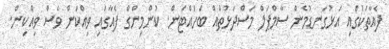
ފެއާތަކުގައި އަޅުގަނޑުމެން ސާމްޕަލް މަސްދަޅުތައް ބަހައްޓަން. ކުންމިންގް ފެއާގައި ވިއްކަން ވެސް ވިއްކިން.